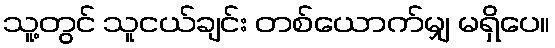
သူ့တွင် သူငယ်ချင်း တစ်ယောက်မျှ မရှိပေ။